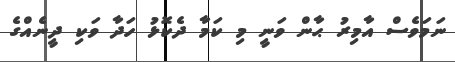
ނަމަވެސް އާމިރު ޙާން ވަނީ މި ކަމާ ދެކޮޅު ހަދާ ވަކި ދީނެއްގެ